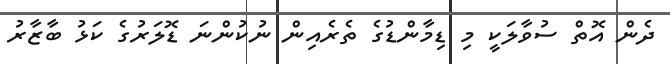
ދެން އޮތް ސުވާލަކީ މި ޑިމާންޑުގެ ތެރެއިން ނުކުންނަ ޑޮލަރުގެ ކަޅު ބާޒާރު